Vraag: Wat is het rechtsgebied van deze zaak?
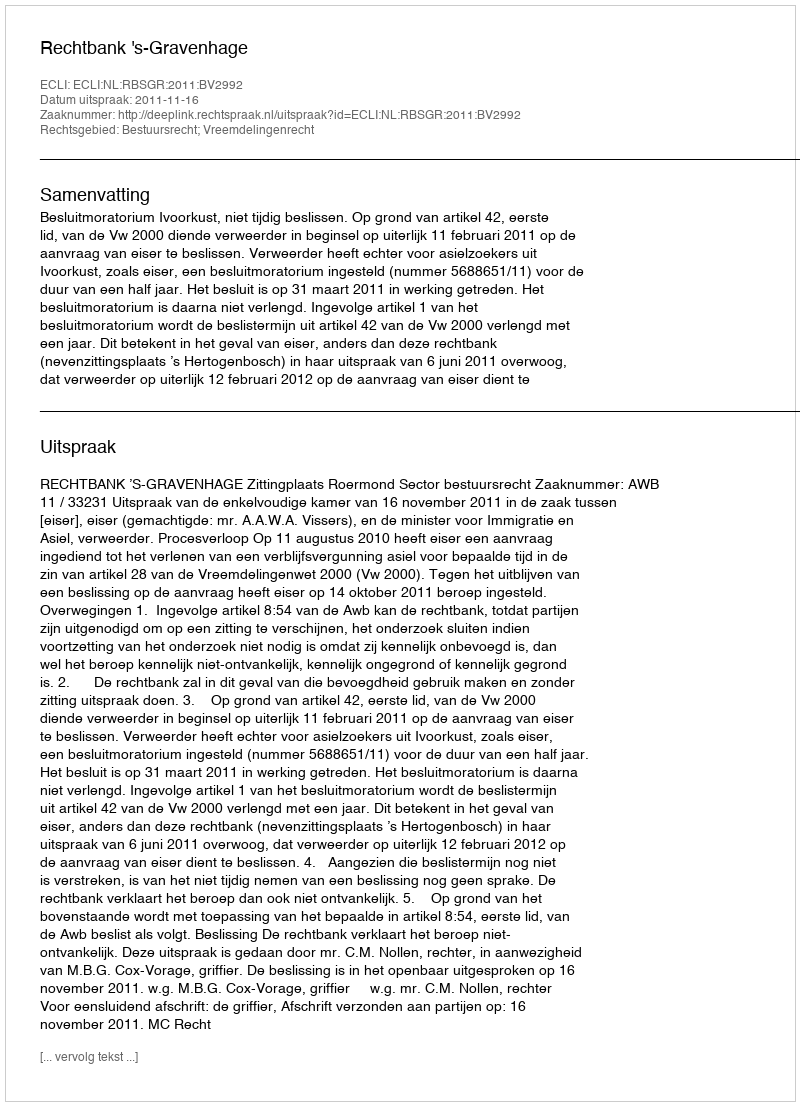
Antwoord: Bestuursrecht; Vreemdelingenrecht